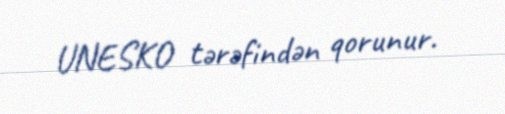
UNESKO tərəfindən qorunur.